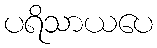
ပရိသာယပေ